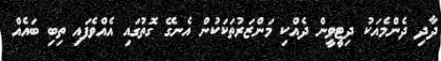
ދާދި ދެންމެއަކު ދިޓީވީން ދެއްކި މަންޒަރުތަކަކުން އެނގޭ ގޮތުގައި އެއްވެފައި ތިބި ބައެއް